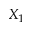
X _ { 1 }